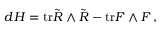
d H = \mathrm { t r } \tilde { R } \wedge \tilde { R } - \mathrm { t r } F \wedge F \, ,